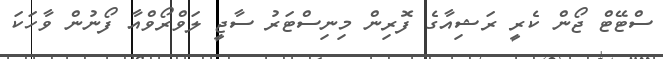
ސްޓޭޓް ޖޯން ކެރީ ރަޝިއާގެ ފޮރިން މިނިސްޓަރު ސާޖީ ލަވްރޯވްއާ ފޯނުން ވާހަކަ